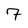
Character: 7